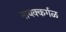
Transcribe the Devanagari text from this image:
नायक्कर्गळ